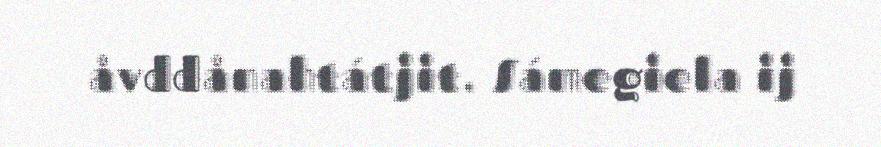
åvddånahtátjit. Sámegiela ij